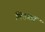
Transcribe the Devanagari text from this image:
मित्ज़्वा